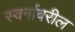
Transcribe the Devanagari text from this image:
स्वर्गावरील